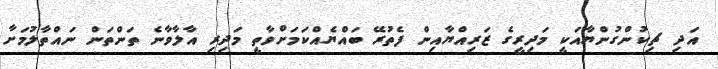
އަދި ޗިކުންގުންޔާއަކީ މަދިރީގެ ޒަރިއްޔާއިން ފެތުރޭ ބައްޔެއްކަމަށްވާތީ މަދިރި އާލާވާނެ ތަންތަން ނައްތާލުމަށާ